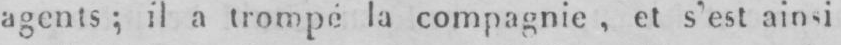
agents; il a trompé la compagnie, et s’est ainsi